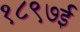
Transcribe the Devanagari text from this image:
१८९७ई